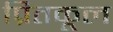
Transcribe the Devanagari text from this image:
प्रितकूल